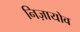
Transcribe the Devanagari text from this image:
निज़ायोव